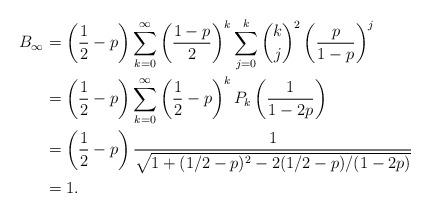
LaTeX: \begin{align*}B_\infty &= \left(\frac{1}{2}-p\right) \sum_{k=0}^{\infty}\left(\frac{1-p}{2}\right)^k \sum_{j=0}^k {k \choose j}^2 \left(\frac{p}{1-p}\right) ^{j} \\ &= \left(\frac{1}{2}-p\right)\sum_{k=0}^\infty \left(\frac{1}{2}-p\right)^kP_k\left(\frac{1}{1-2p}\right)\\&= \left(\frac{1}{2}-p\right)\frac{1}{\sqrt{1+(1/2-p)^2-2(1/2-p)/(1-2p)}}\\&=1.\end{align*}